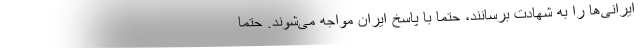
ایرانی‌ها را به شهادت برسانند، حتما با پاسخ ایران مواجه می‌شوند. حتما